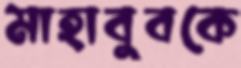
মাহাবুবকে